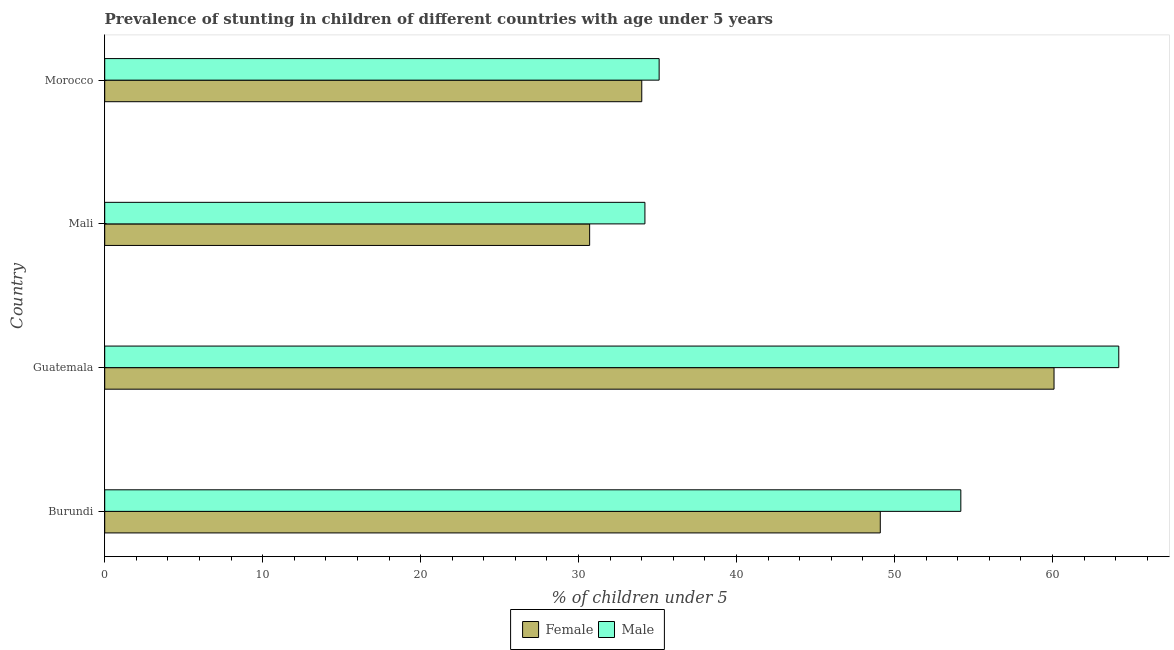
| Country | Female | Male |
 | --- | --- | --- |
 | Burundi | 49.1 | 54.2 |
 | Guatemala | 60.1 | 64.2 |
 | Mali | 30.7 | 34.2 |
 | Morocco | 34 | 35.1 |